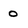
Character: o